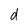
Character: d